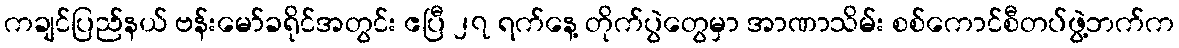
ကချင်ပြည်နယ် ဗန်းမော်ခရိုင်အတွင်း ဧပြီ ၂၇ ရက်နေ့ တိုက်ပွဲတွေမှာ အာဏာသိမ်း စစ်ကောင်စီတပ်ဖွဲ့ဘက်က